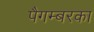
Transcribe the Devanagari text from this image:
पैगम्बरका